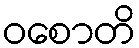
ဝစောတိ